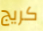
كريج